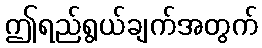
ဤရည်ရွယ်ချက်အတွက်